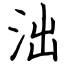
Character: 泏